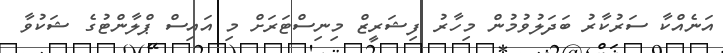
އަނެއްކާ ސަރުކާރު ބަދަލުވުމުން މިހާރު ފިޝަރީޒް މިނިސްޓަރަށް މި އައިސް ޕްލާންޓުގެ ޝަކުވާ